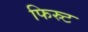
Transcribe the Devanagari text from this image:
फिस्र्ट